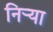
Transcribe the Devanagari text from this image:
निर्‍या